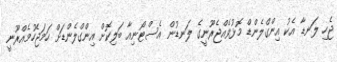
ޖެހި ލަނޑާ އެކު އިންގްލެންޑް މޮޅުވެއްޖެރޫނީގެ ލަނޑުން އެސްޓޯނިއާ ބަލިކޮށް އިންގްލެންޑަށް ހަމަޖެހުމެއްރޫނީ